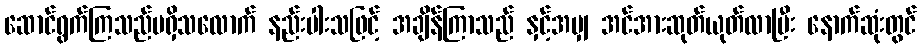
ဆောင်ရွက်ကြသည်မရှိသလောက် နည်းပါးသဖြင့် အချိန်ကြာသည် နှင့်အမျှ အင်အားဆုတ်ယုတ်လာပြီး နောက်ဆုံးတွင်